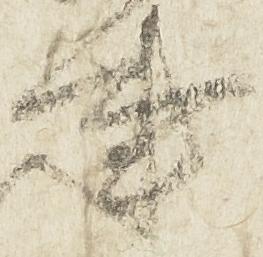
事